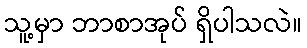
သူ့မှာ ဘာစာအုပ် ရှိပါသလဲ။